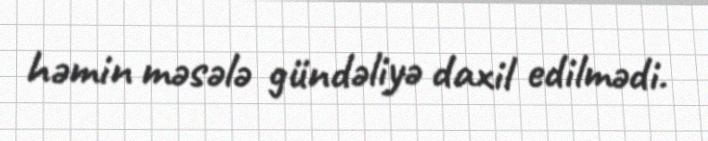
həmin məsələ gündəliyə daxil edilmədi.